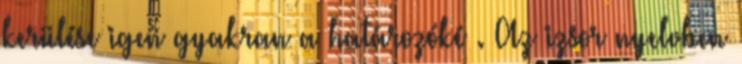
kerülése igen gyakran a határozóké . Az izsor nyelvben